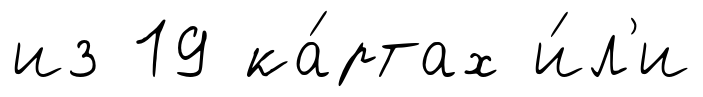
из 19 ка́ртах и́л'и